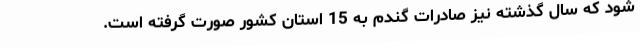
شود که سال گذشته نیز صادرات گندم به 15 استان کشور صورت گرفته است.